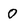
Character: 0